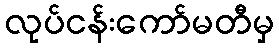
လုပ်ငန်းကော်မတီမှ